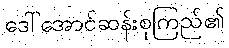
ဒေါ်အောင်ဆန်းစုကြည်၏